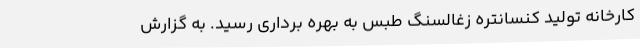
کارخانه تولید کنسانتره زغالسنگ طبس به بهره برداری رسید. به گزارش